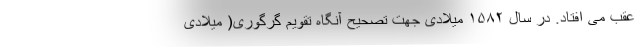
عقب می افتاد. در سال ۱۵۸۲ میلادی جهت تصحیح آنگاه تقویم گرگوری( میلادی